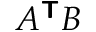
A ^ { \boldsymbol { \mathsf { T } } } B